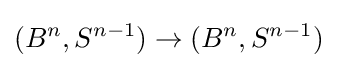
(B^{n},S^{n-1})\to (B^{n},S^{n-1})